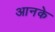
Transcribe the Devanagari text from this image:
आनके